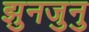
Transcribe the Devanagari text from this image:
झुनजुनु